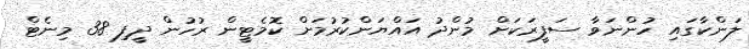
ލަންކާގައި ހުންނަވާ ސަފީރަކަށް މުންދު އައްޔަންކުރުމަށް ކޮމެޓީން ރުހުން ދީފި 38 މިނެޓް